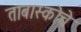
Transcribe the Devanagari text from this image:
ताबास्कोचे